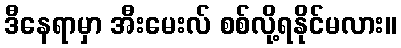
ဒီနေရာမှာ အီးမေးလ် စစ်လို့ရနိုင်မလား။